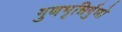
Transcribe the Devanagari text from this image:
गुणभृन्निर्गुणो